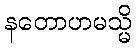
နတောဟမသ္မိ